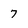
Character: 7